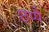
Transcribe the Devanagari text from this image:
छप्पै